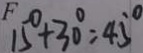
1 5 ^ { \circ } + 3 0 ^ { \circ } = 4 5 ^ { \circ }